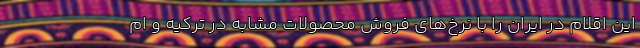
این اقلام در ایران را با نرخ‌های فروش محصولات مشابه در ترکیه و ام